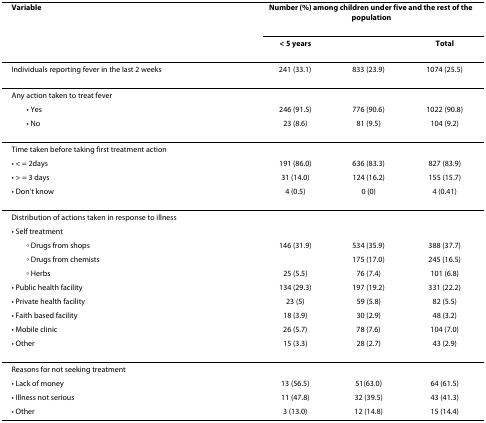
<table><thead><tr><td><b>Variable</b></td><td colspan="3"><b>Number (%) among children under five and the rest of the population</b></td></tr><tr><td>[EMPTY_CELL]</td><td><b>&lt; 5 years</b></td><td>[EMPTY_CELL]</td><td><b>Total</b></td></tr></thead><tbody><tr><td>Individuals reporting fever in the last 2 weeks</td><td>241 (33.1)</td><td>833 (23.9)</td><td>1074 (25.5)</td></tr><tr><td>Any action taken to treat fever</td><td>[EMPTY_CELL]</td><td>[EMPTY_CELL]</td><td>[EMPTY_CELL]</td></tr><tr><td> • Yes</td><td>246 (91.5)</td><td>776 (90.6)</td><td>1022 (90.8)</td></tr><tr><td> • No</td><td>23 (8.6)</td><td>81 (9.5)</td><td>104 (9.2)</td></tr><tr><td>Time taken before taking first treatment action</td><td>[EMPTY_CELL]</td><td>[EMPTY_CELL]</td><td>[EMPTY_CELL]</td></tr><tr><td>• &lt; = 2days</td><td>191 (86.0)</td><td>636 (83.3)</td><td>827 (83.9)</td></tr><tr><td>• &gt; = 3 days</td><td>31 (14.0)</td><td>124 (16.2)</td><td>155 (15.7)</td></tr><tr><td>• Don't know</td><td>4 (0.5)</td><td>0 (0)</td><td>4 (0.41)</td></tr><tr><td>Distribution of actions taken in response to illness</td><td>[EMPTY_CELL]</td><td>[EMPTY_CELL]</td><td>[EMPTY_CELL]</td></tr><tr><td>• Self treatment</td><td>[EMPTY_CELL]</td><td>[EMPTY_CELL]</td><td>[EMPTY_CELL]</td></tr><tr><td> ◦ Drugs from shops</td><td>146 (31.9)</td><td>534 (35.9)</td><td>388 (37.7)</td></tr><tr><td> ◦ Drugs from chemists</td><td>[EMPTY_CELL]</td><td>175 (17.0)</td><td>245 (16.5)</td></tr><tr><td> ◦ Herbs</td><td>25 (5.5)</td><td>76 (7.4)</td><td>101 (6.8)</td></tr><tr><td>• Public health facility</td><td>134 (29.3)</td><td>197 (19.2)</td><td>331 (22.2)</td></tr><tr><td>• Private health facility</td><td>23 (5)</td><td>59 (5.8)</td><td>82 (5.5)</td></tr><tr><td>• Faith based facility</td><td>18 (3.9)</td><td>30 (2.9)</td><td>48 (3.2)</td></tr><tr><td>• Mobile clinic</td><td>26 (5.7)</td><td>78 (7.6)</td><td>104 (7.0)</td></tr><tr><td>• Other</td><td>15 (3.3)</td><td>28 (2.7)</td><td>43 (2.9)</td></tr><tr><td>Reasons for not seeking treatment</td><td>[EMPTY_CELL]</td><td>[EMPTY_CELL]</td><td>[EMPTY_CELL]</td></tr><tr><td>• Lack of money</td><td>13 (56.5)</td><td>51(63.0)</td><td>64 (61.5)</td></tr><tr><td>• Illness not serious</td><td>11 (47.8)</td><td>32 (39.5)</td><td>43 (41.3)</td></tr><tr><td>• Other</td><td>3 (13.0)</td><td>12 (14.8)</td><td>15 (14.4)</td></tr></tbody></table>